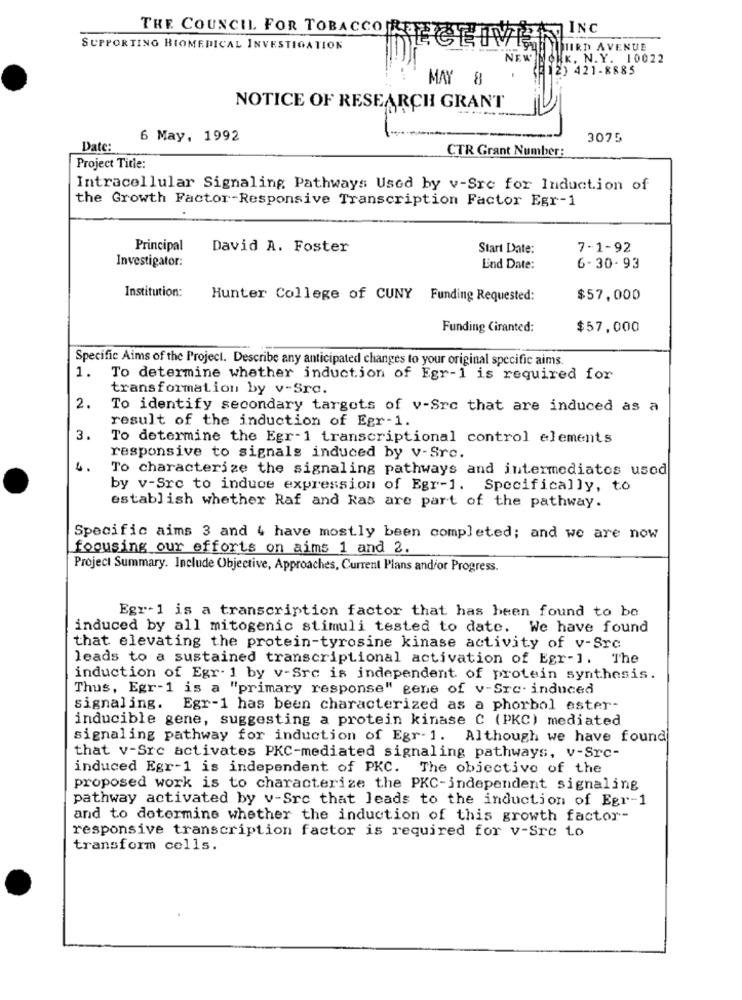
INC
THE COUNCIL. FOR TOBACCO REE
SUPPORTING BIOMEDICAL INVESTIGATION
THIRD AVENUE
NEW
RK. N.Y. 10022
(21 2) 421-8885
MAY 8
NOTICE OF RESEARCH GRANT
6 May, 1992
3075
Date:
CTR Grant Number:
Project Title:
Intracellular Signaling Pathways Used by v-Src for Induction of
the Growth Factor-Responsive Transcription Factor Egr-1
Principal
David A. Foster
Start Date:
7-1-92
Investigator:
Lind Date:
6-30-93
Institution:
Hunter College of CUNY Funding Requested:
$57,000
Funding Ciranted:
$57.000
Specific Aims of the Project. Describe any anticipated changes to your original specific aims.
1.
To determine whether induction of Egr-1 is required for
transformation by v-Sro.
2.
To identify secondary targets of v-Src that are induced as a
result of the induction of Egr-1.
3
To determine the Egr-1 transcriptional control elements
responsive to signals induced by v-Src.
4.
To characterize the signaling pathways and intermediates used
by v-Src to induce expression of Egr-1. Specifically, to
establish whether Raf and Ras are part of the pathway.
Specific aims 3 and 4 have mostly been completed; and we are now
focusing our efforts on aims 1 and 2.
Project Summary. Include Objective, Approaches, Current Plans and/or Progress.
Egr-1 is a transcription factor that has been found to be
induced by all mitogenic stimuli tested to date. We have found
that elevating the protein-tyrosine kinase activity of v-Src
leads to a sustained transcriptional activation of Egr-]. The
induction of Egr- 1 by v-Src is independent of protein synthesis.
Thus, Egr-1 is a "primary response" gene of v-Src- induced
signaling. Egr-1 has been characterized as a phorbol ester-
inducible gene, suggesting a protein kinase C (PKC) mediated
signaling pathway for induction of Egr-1. Although we have found
that v-Src activates PKC-mediated signaling pathways, v-Src-
induced Egr-1 is independent of PKC. The objective of the
proposed work is to characterize the PKC-independent signaling
pathway activated by v-Src that leads to the induction of Egr-1
and to determine whether the induction of this growth factor-
responsive transcription factor is required for v-Sre to
transform cells.